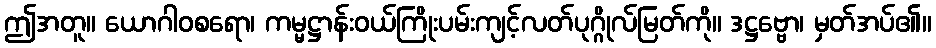
ဤအတူ။ ယောဂါဝစရော၊ ကမ္မဋ္ဌာန်းဝယ်ကြိုးပမ်းကျင့်လတ်ပုဂ္ဂိုလ်မြတ်ကို။ ဒဋ္ဌဗ္ဗော၊ မှတ်အပ်၏။